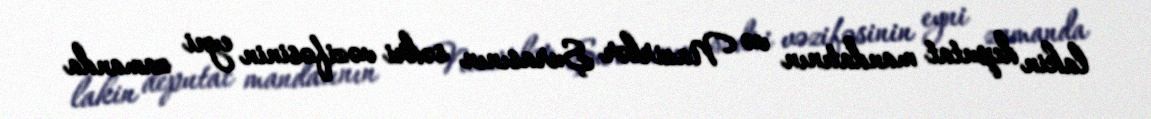
lakin deputat mandatının və Nazirlər Şurasının sədri vəzifəsinin eyni zamanda